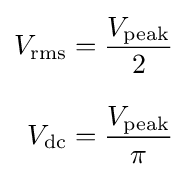
{\begin{aligned}V_{\mathrm {rms} }&={\frac {V_{\mathrm {peak} }}{2}}\\[8pt]V_{\mathrm {dc} }&={\frac {V_{\mathrm {peak} }}{\pi }}\end{aligned}}